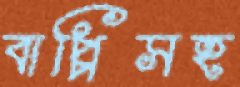
বাপ্পিসহ